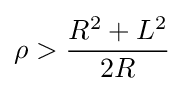
\rho >{R^{2}+L^{2} \over 2R}